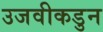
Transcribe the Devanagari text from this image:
उजवीकडुन